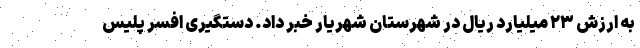
به ارزش ۲۳ میلیارد ریال در شهرستان شهریار خبر داد. دستگیری افسر پلیس